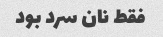
فقط نان سرد بود